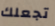
تجعلك